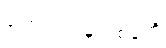
ပြောင်းလဲမှုတစ်ခုကို